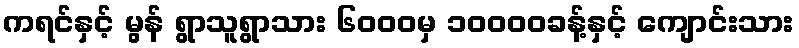
ကရင်နှင့် မွန် ရွာသူရွာသား ၆၀၀၀မှ ၁၀၀၀၀ခန့်နှင့် ကျောင်းသား